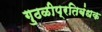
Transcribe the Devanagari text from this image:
गुठळीप्रतिबंधक